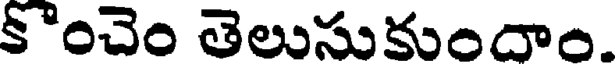
కంచెం తెలుసుకుందాం.